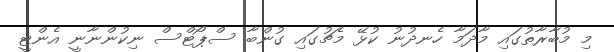
މި މުބާރާތުގައި މާދަމާ ހެނދުނު ކުޅޭ މެޗުގައި ގުންބާ ސްޕޯޓްސް ނިކުންނާނީ އެންޓީ